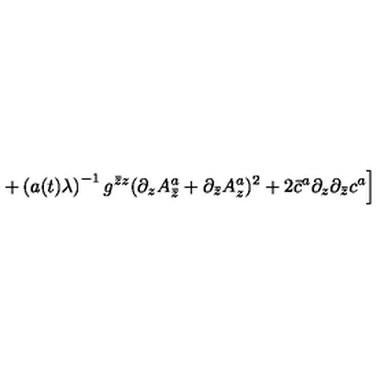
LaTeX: \left. + \left( a ( t ) \lambda \right) ^ { - 1 } g ^ { \bar { z } z } ( \partial _ { z } A _ { \bar { z } } ^ { a } + \partial _ { \bar { z } } A _ { z } ^ { a } ) ^ { 2 } + 2 \bar { c } ^ { a } \partial _ { z } \partial _ { \bar { z } } c ^ { a } \right]